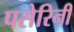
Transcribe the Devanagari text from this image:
पसेरिनी